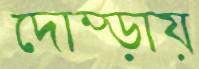
দোম্‌ড়ায়